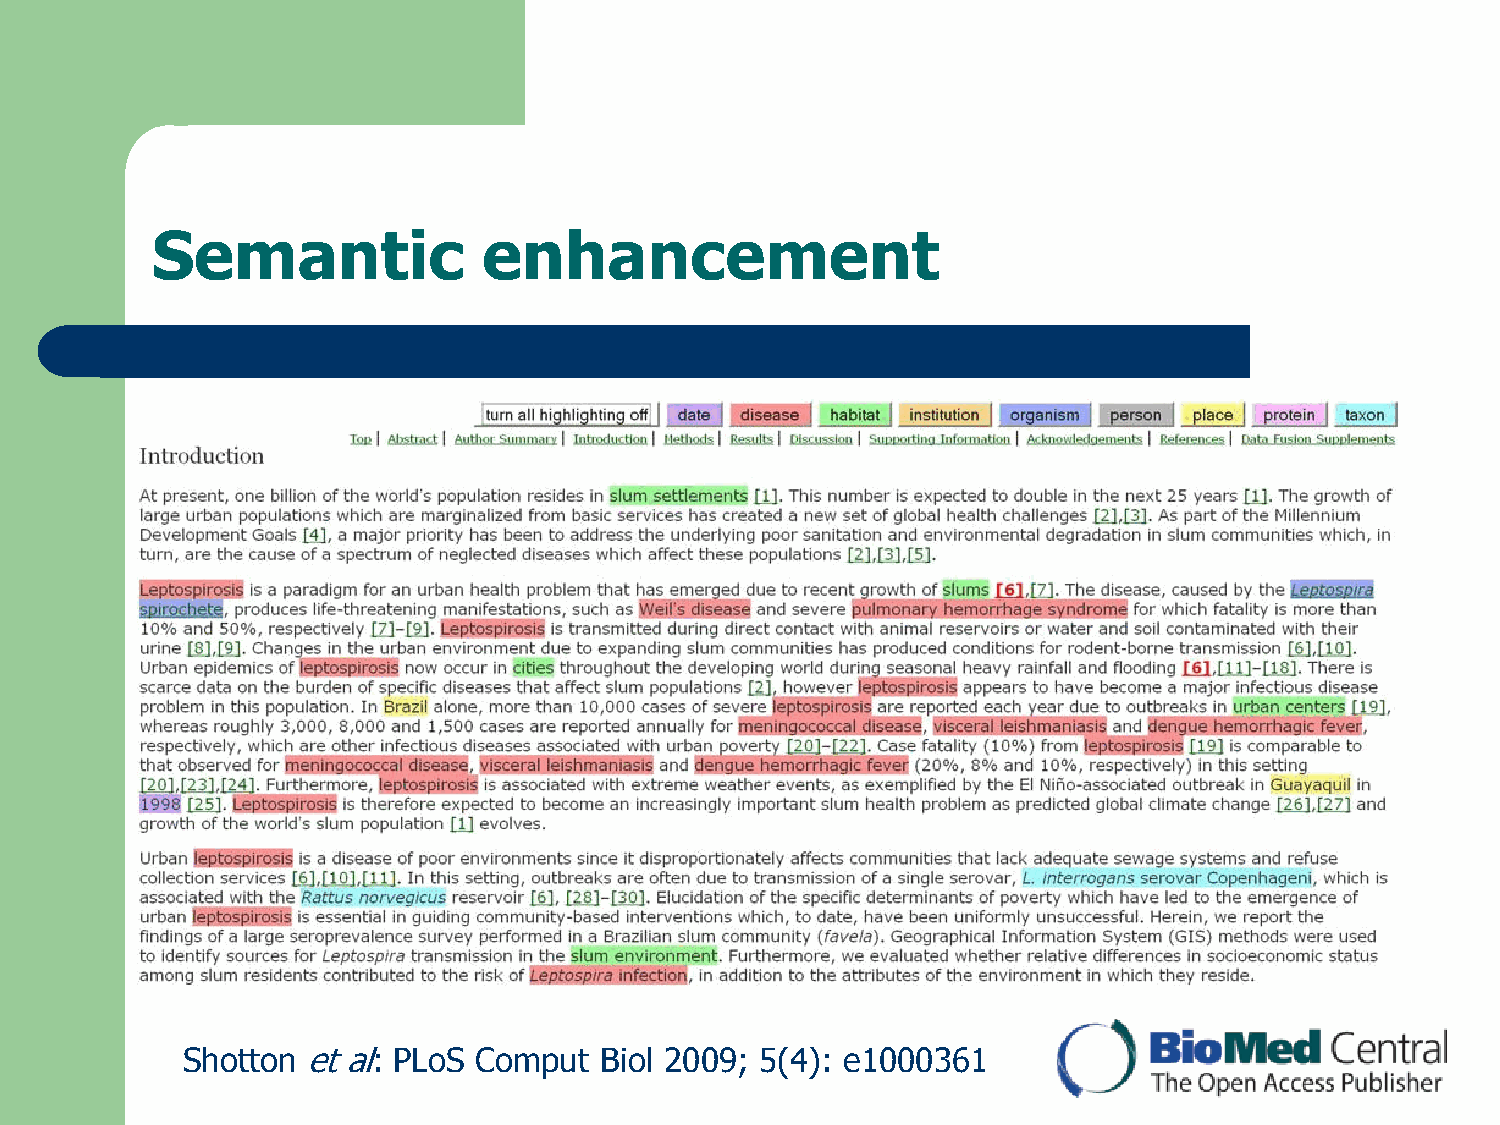
Semantic              enhancement
 Shotton et al: PLoS Comput  Biol 2009; 5(4): e1000361